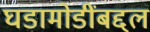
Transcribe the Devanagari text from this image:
घडामोडींबद्दल